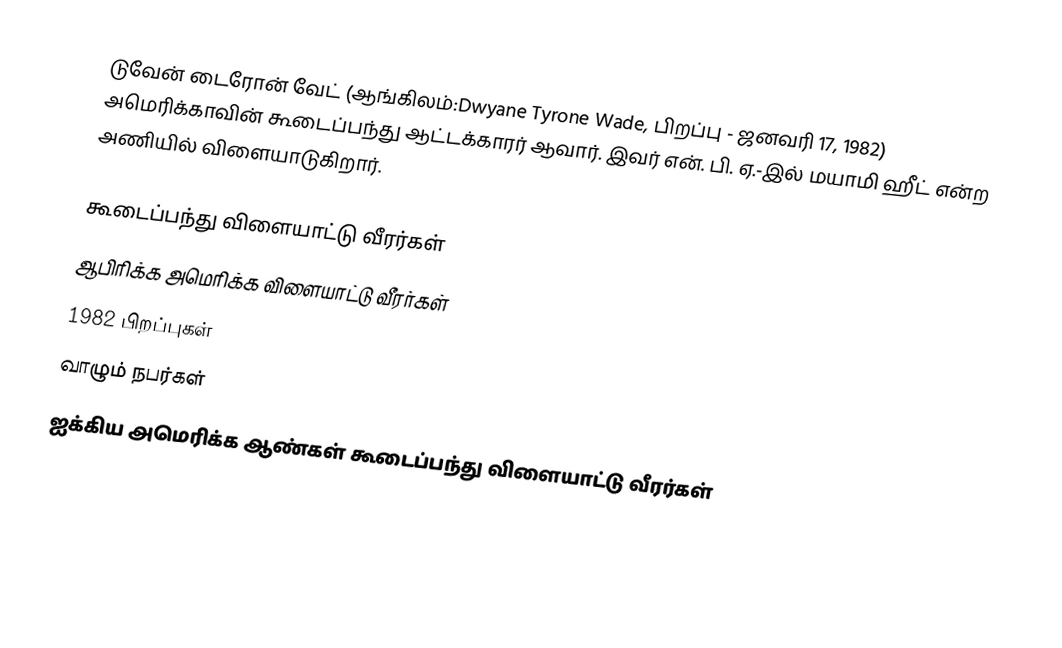
டுவேன் டைரோன் வேட் (ஆங்கிலம்:Dwyane Tyrone Wade, பிறப்பு - ஜனவரி 17, 1982) அமெரிக்காவின் கூடைப்பந்து ஆட்டக்காரர் ஆவார். இவர் என். பி. ஏ.-இல் மயாமி ஹீட் என்ற அணியில் விளையாடுகிறார்.

கூடைப்பந்து விளையாட்டு வீரர்கள்
ஆபிரிக்க அமெரிக்க விளையாட்டு வீரர்கள்
1982 பிறப்புகள்
வாழும் நபர்கள்
ஐக்கிய அமெரிக்க ஆண்கள் கூடைப்பந்து விளையாட்டு வீரர்கள்